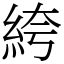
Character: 絝